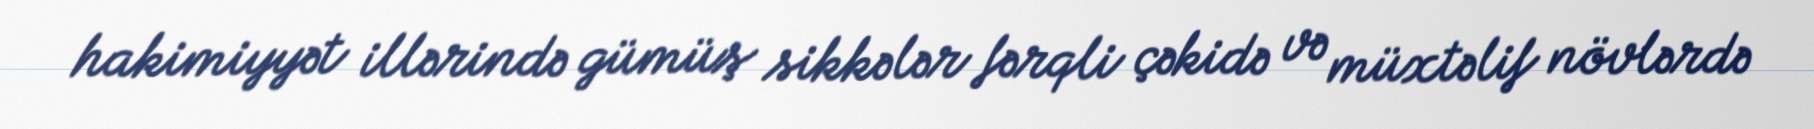
hakimiyyət illərində gümüş sikkələr fərqli çəkidə və müxtəlif növlərdə